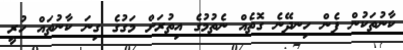
ކާނުތަކުން ފެން ހިނދޭނެ ގޮތެއް ނެތުމުގެ އިތުރަށް މަގުގެ ގިނަ ކާނުތައް ހުރީ